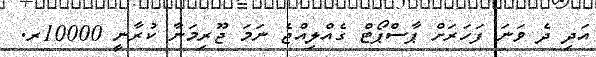
އަދި ދެ ވަނަ ފަހަރަށް ޕާސްޕޯޓް ގެއްލިއްޖެ ނަމަ ޖޫރިމަނާ ކުރާނީ 10000ރ.